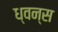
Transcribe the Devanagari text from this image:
ध्वन्स